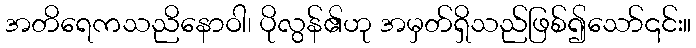
အတိရေကသညိနောဝါ၊ ပိုလွန်၏ဟု အမှတ်ရှိသည်ဖြစ်၍သော်၎င်း။